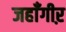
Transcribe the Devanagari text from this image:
जहाँगीऱ